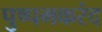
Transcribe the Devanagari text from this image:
पुष्पमकरंद